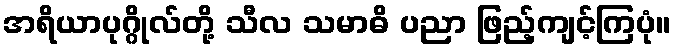
အရိယာပုဂ္ဂိုလ်တို့ သီလ သမာဓိ ပညာ ဖြည့်ကျင့်ကြပုံ။